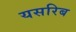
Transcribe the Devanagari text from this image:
यसरिब